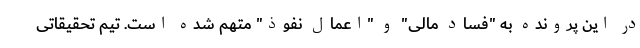
در این پرونده به "فساد مالی" و "اعمال نفوذ" متهم شده است. تیم تحقیقاتی